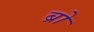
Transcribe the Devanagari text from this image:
ब्रो